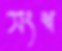
সংশ